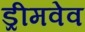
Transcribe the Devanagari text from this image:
ड्रीमवेव